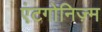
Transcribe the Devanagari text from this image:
एंटगोनिज़्म